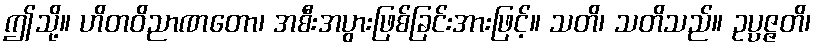
ဤသို့။ ဟိတဝိညာဏတော၊ အစီးအပွားဖြစ်ခြင်းအားဖြင့်။ သတိ၊ သတိသည်။ ဥပ္ပဇ္ဇတိ၊